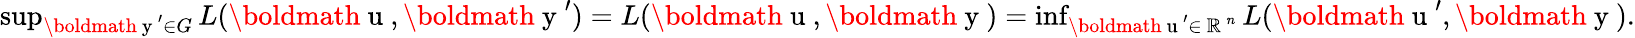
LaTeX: \begin{array}{r}{\operatorname*{sup}_{\mathrm{\boldmath~y~}^{\prime}\in G}L(\mathrm{\boldmath~u~},\mathrm{\boldmath~y~}^{\prime})=L(\mathrm{\boldmath~u~},\mathrm{\boldmath~y~})=\operatorname*{inf}_{\mathrm{\boldmath~u~}^{\prime}\in\mathrm{~\mathbb{R}~}^{n}}L(\mathrm{\boldmath~u~}^{\prime},\mathrm{\boldmath~y~}).}\end{array}